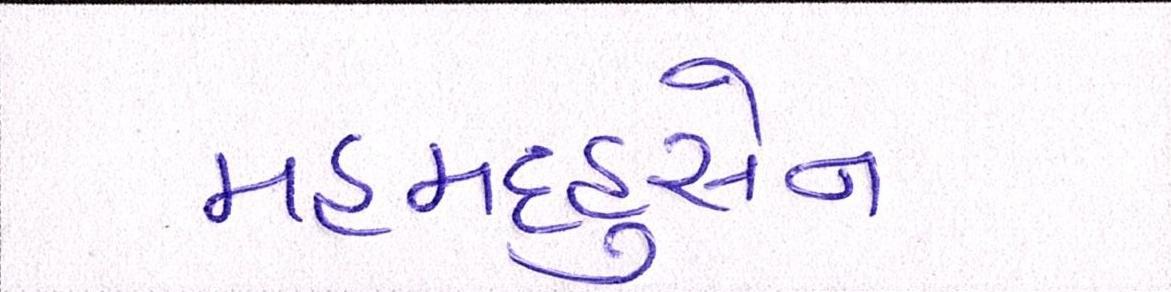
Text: મહમદહુસેન